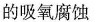
的吸氧腐蚀